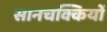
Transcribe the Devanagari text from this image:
सानचक्कियों